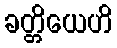
ခတ္တိယေဟိ